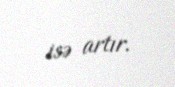
isə artır.